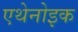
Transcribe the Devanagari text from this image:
एथेनोइक